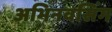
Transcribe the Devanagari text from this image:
अभिनवसिंग